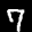
Label: 7